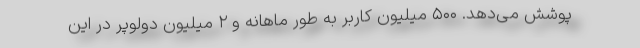
پوشش می‌دهد. ۵۰۰ میلیون کاربر به طور ماهانه و ۲ میلیون دولوپر در این